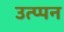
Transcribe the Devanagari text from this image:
उत्प्पन